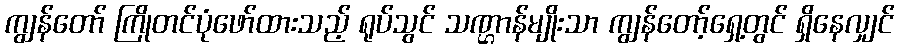
ကျွန်တော် ကြိုတင်ပုံဖော်ထားသည့် ရုပ်သွင် သဏ္ဌာန်မျိုးသာ ကျွန်တော့်ရှေ့တွင် ရှိနေလျှင်